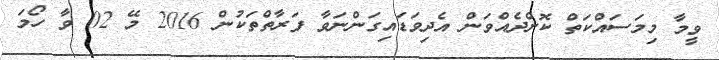
ވީމާ މިމަސައްކަތް ކޮށްދެއްވަން އެދިވަޑައިގަންނަވާ ފަރާތްތަކުން 2016 މޭ 02 ވާ ހޯމަ